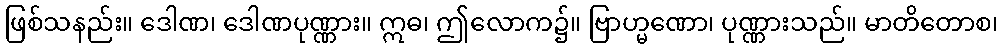
ဖြစ်သနည်း။ ဒေါဏ၊ ဒေါဏပုဏ္ဏား။ ဣဓ၊ ဤလောက၌။ ဗြာဟ္မဏော၊ ပုဏ္ဏားသည်။ မာတိတောစ၊